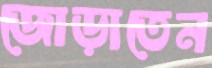
জোড়াতেন